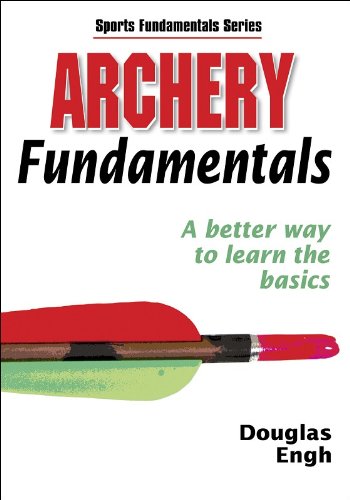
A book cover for Archery Fundamentals (Sports Fundamentals Series); Human Kinetics; Sports & Outdoors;